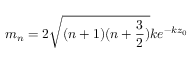
m _ { n } = 2 \sqrt { ( n + 1 ) ( n + \frac { 3 } { 2 } ) } k e ^ { - k z _ { 0 } }